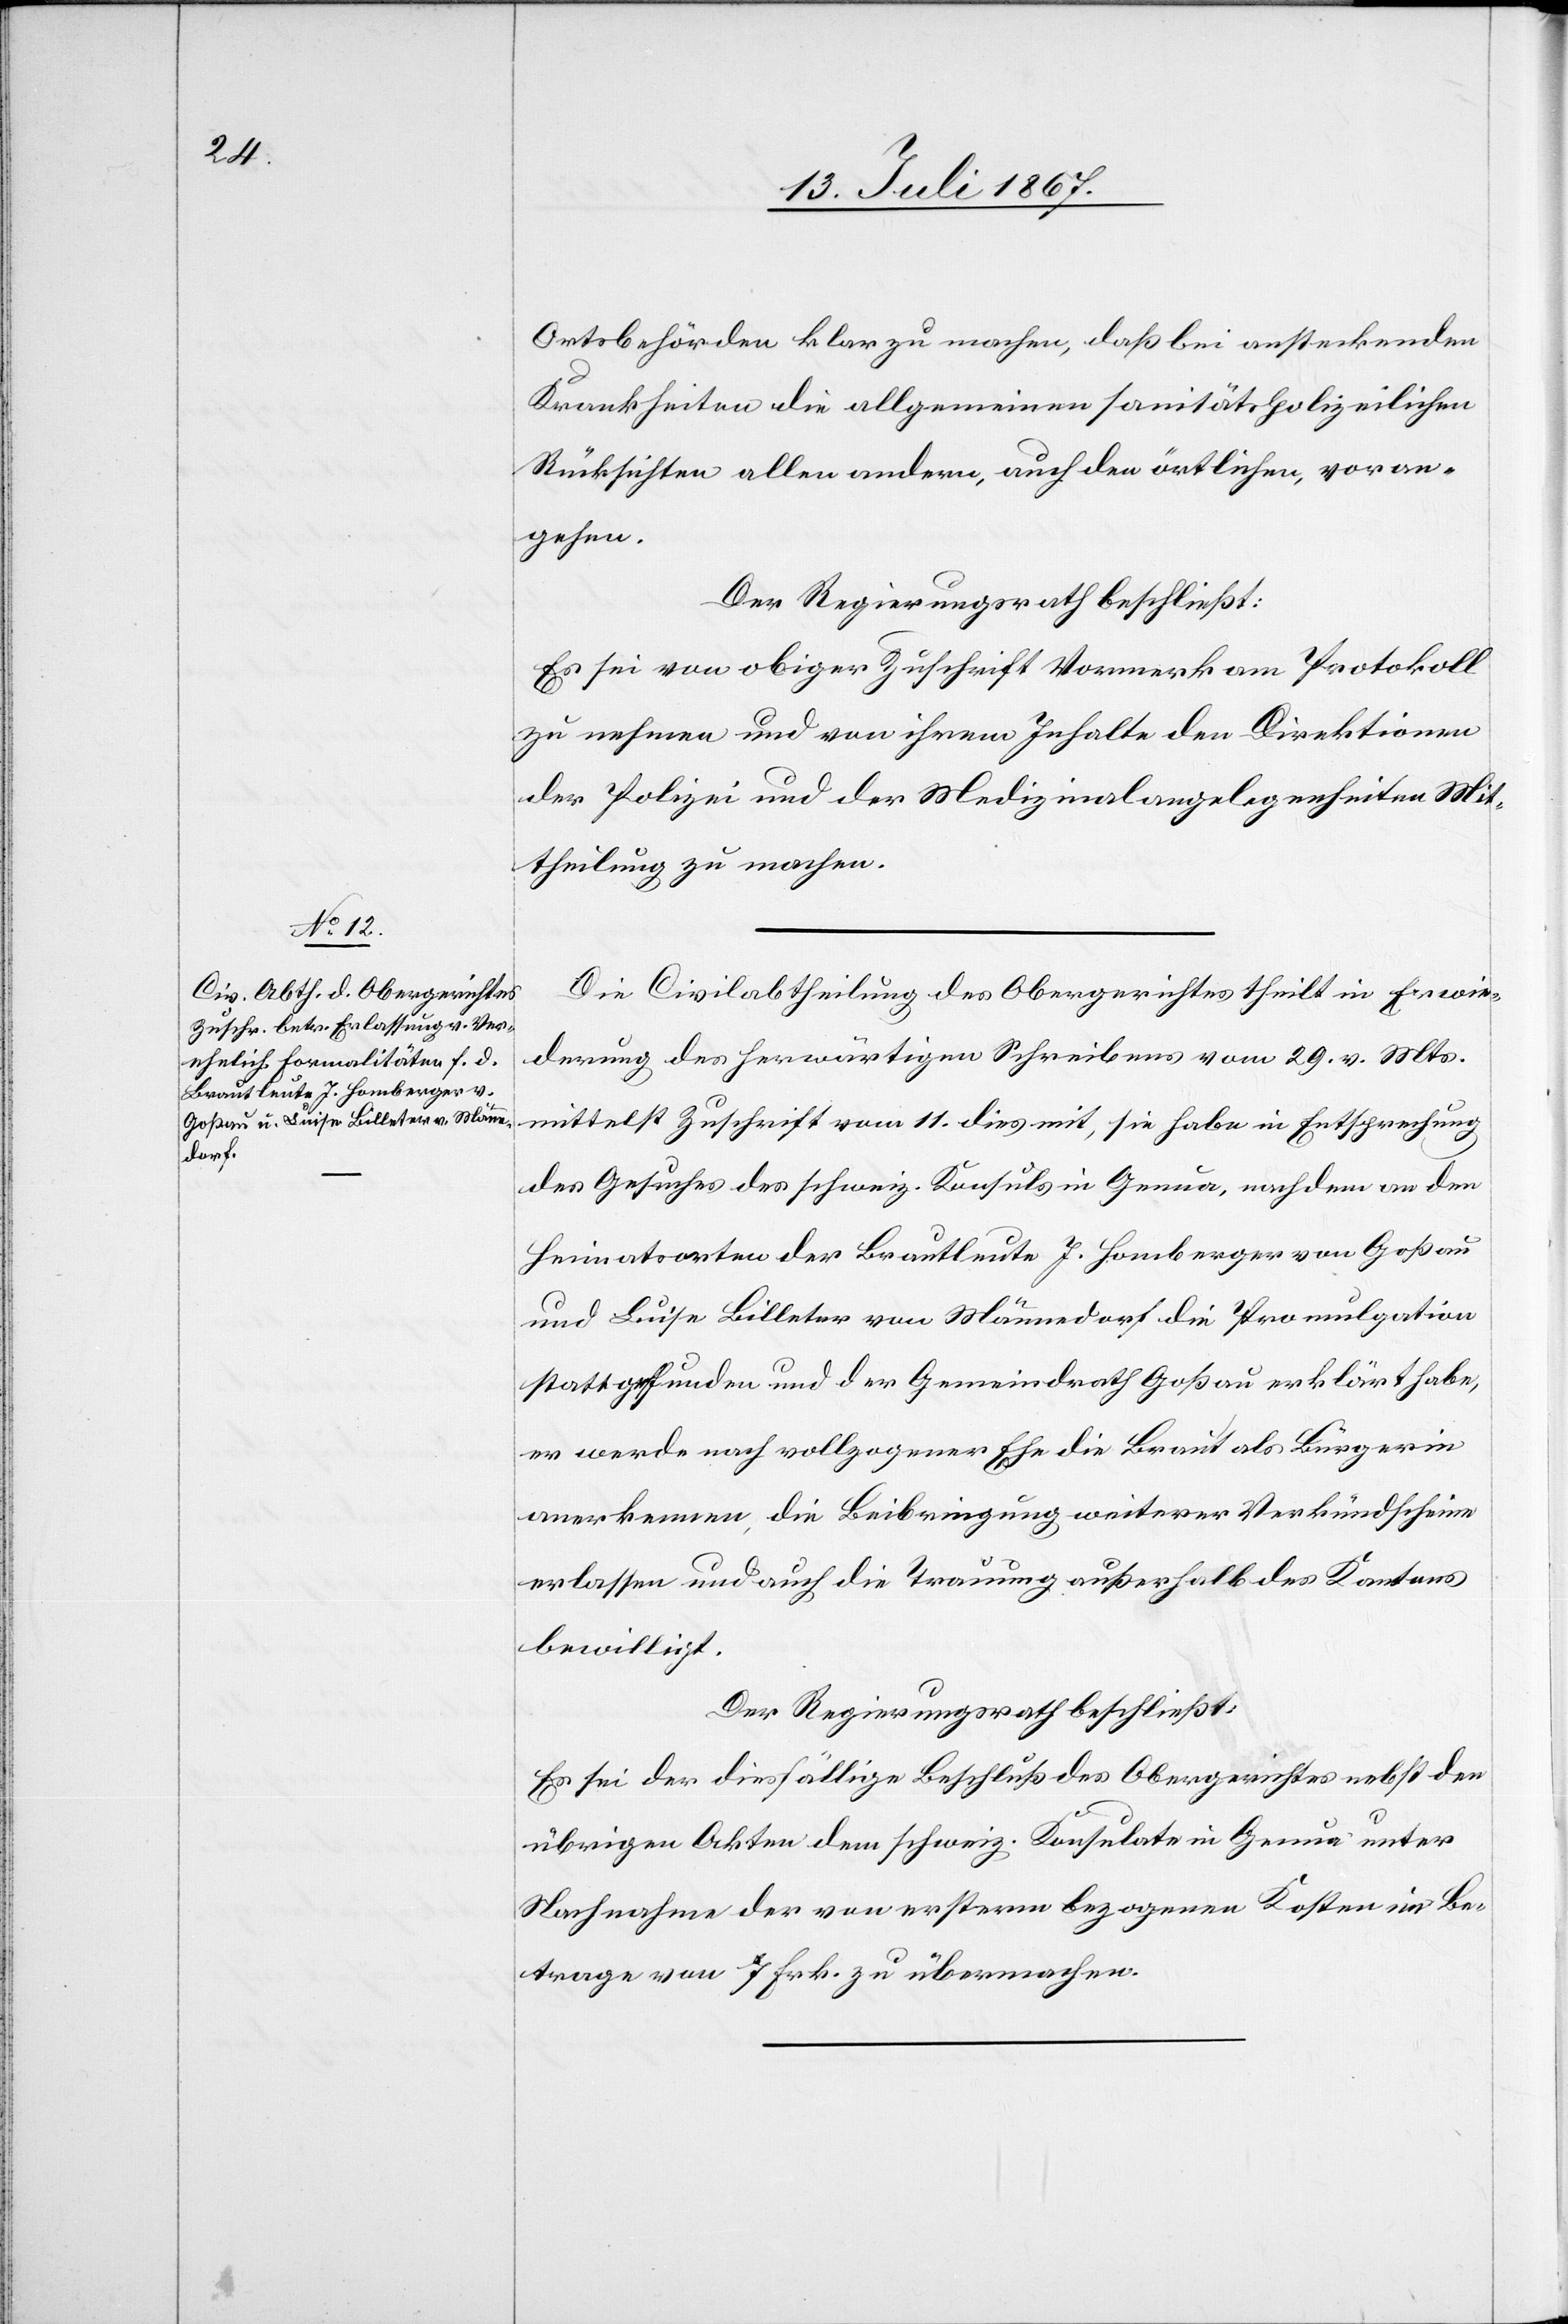
Ortsbehörden klar zu machen, daß bei ansteckenden
Krankheiten die allgemeinen sanitätspolizeilichen
Rücksichten allen andern, auch den örtlichen, voran¬
gehen.
Der Regierungsrath beschließt:
Es sei von obiger Zuschrift Vormerk am Protokoll
zu nehmen und von ihrem Inhalte der Direktion
der Polizei und der Medizinalangelegenheiten Mit¬
theilung zu machen.
Die Civilabtheilung des Obergerichtes theilt in Erwie¬
derung des herwärtigen Schreibens vom 29. v. Mts.
mittelst Zuschrift vom 11. dies mit, sie habe in Entsprechung
des Gesuches des schweiz. Konsuls in Genua, nachdem an den
Heimatorten der Brautleute J. Homberger von Goßau
und Luisa Billeter von Männedorf die Promulgation
stattgefunden und der Gemeindrath Goßau erklärt habe,
er werde nach vollzogener Ehe die Braut als Bürgerin
anerkennen, die Beibringung weiterer Verkündscheine
erlassen und auch die Trauung außerhalb des Kantons
bewilligt.
Der Regierungsrath beschließt:
Es sei der diesfällige Beschluß des Obergerichtes nebst den
übrigen Akten dem schweiz. Konsulate in Genua unter
Nachnahme der von ersterm bezogenen Kosten im Be¬
trage von 7 Frk. zu übermachen.